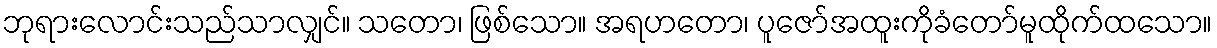
ဘုရားလောင်းသည်သာလျှင်။ သတော၊ ဖြစ်သော။ အရဟတော၊ ပူဇော်အထူးကိုခံတော်မူထိုက်ထသော။